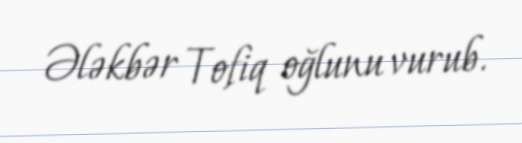
Ələkbər Tofiq oğlunu vurub.